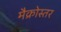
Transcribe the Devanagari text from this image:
मैक्रोस्तर